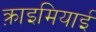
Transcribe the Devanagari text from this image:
क़्राइमियाई